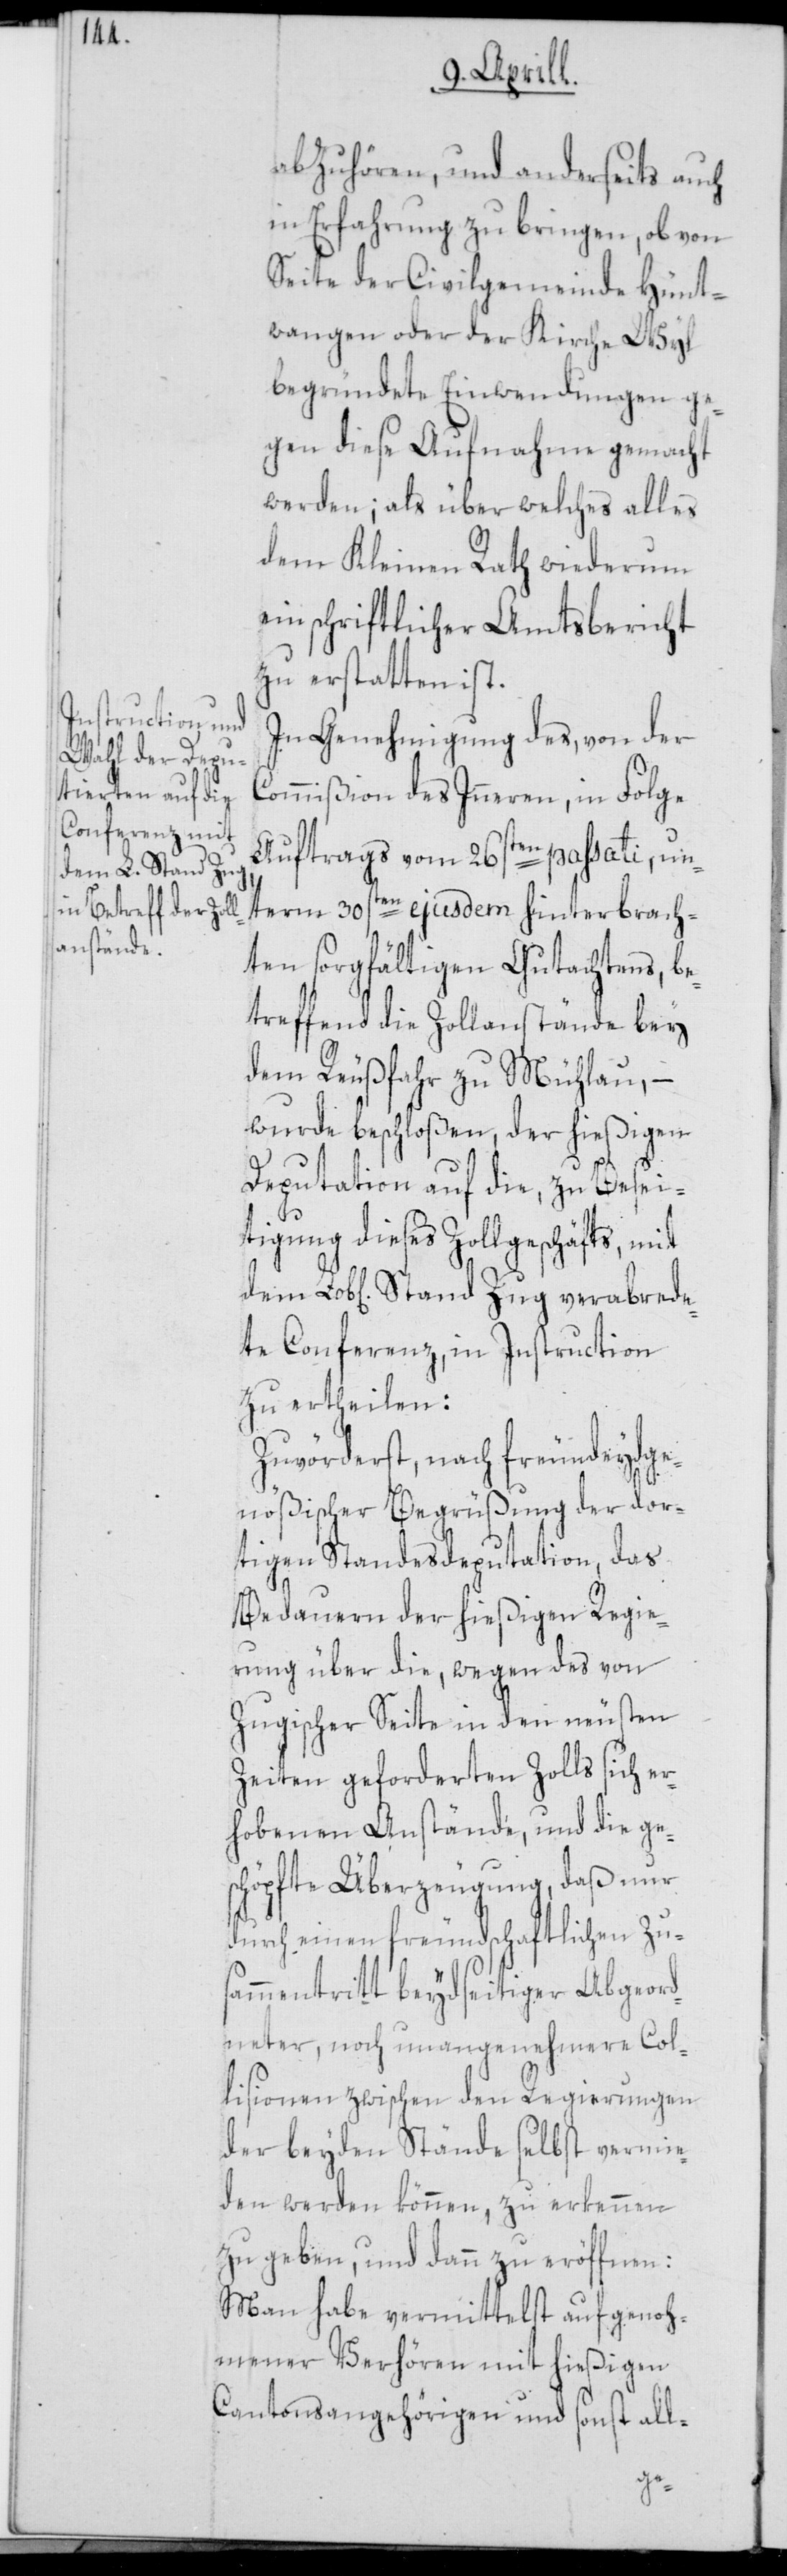
abzuhören, und anderseits auch
in Erfahrung zu bringen, ob von
Seite der Civilgemeinde Hünt¬
wangen oder der Kirche Wyl
begründete Einwendungen ge¬
gen diese Aufnahme gemacht
werden; als über welches alles
dem Kleinen Rath wiederum
ein schriftlicher Amtsbericht
zu erstatten ist.
In Genehmigung des, von der
Commißion des Inneren, in Folge
Auftrags vom 26sten passati, un¬
term 30sten ejusdem hinterbrach¬
ten sorgfältigen Gutachtens, be¬
treffend die Zollanstände bey
dem Reußfahr zu Mühlau, –
wurde beschloßen, der hießigen
Deputation auf die, zu Besei¬
tigung dieses Zollgeschäfts,
te Conferenz, in Instruction
zu ertheilen:
Zuvörderst, nach freundeydge¬
nößischer Begrüßung der dor¬
tigen Standesdeputation, das
Bedauern der hießigen Regie¬
rung über die, wegen des von
Zugischer Seite in den neusten
Zeiten geforderten Zolls sich er¬
hobenen Anstände, und die ge¬
schöpfte Überzeugung , daß nur
durch einen freundschaftlichen Zus¬
ammentritt beydseitiger Abgeord¬
neter, noch unangenehmere Col¬
lisionen zwischen den Regierungen
der beyden Stände selbst vermie¬
den werden können, zu erkennen
zu geben, und dann zu eröffnen:
Man habe vermittelst aufgenoh¬
mener Verhören mit hießigen
Cantonsangehörigen und sonst all-
de¬